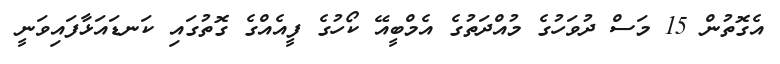
އެގޮތުން 15 މަސް ދުވަހުގެ މުއްދަތުގެ އެމްބީއޭ ކޯހުގެ ފީއެއްގެ ގޮތުގައި ކަނޑައަޅާފައިވަނީ